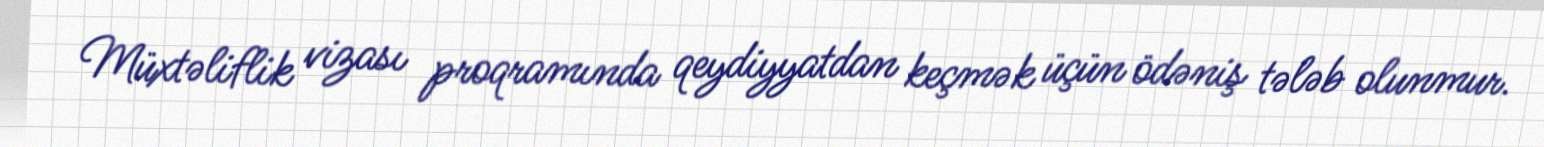
Müxtəliflik vizası proqramında qeydiyyatdan keçmək üçün ödəniş tələb olunmur.